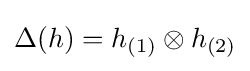
\Delta (h)=h_{(1)}\otimes h_{(2)}